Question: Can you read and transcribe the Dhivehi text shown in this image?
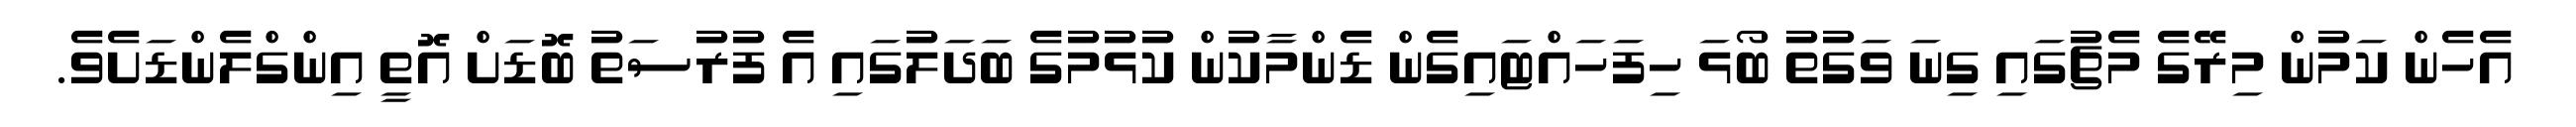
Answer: އެހެން ކަމުން މިރޭގެ މެޗުގައި ގިނަ ވަގުތު ބޯޅަ ހިފަހައްޓައިގެން ޑެންމާކުން ކުޅުމުގެ ބަދަލުގައި އެ ފުރުސަތު ބޮޑަށް އޮތީ އިންގްލެންޑަށެވެ.